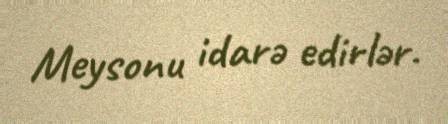
Meysonu idarə edirlər.